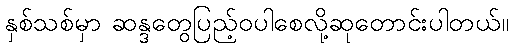
နှစ်သစ်မှာ ဆန္ဒတွေပြည့်ဝပါစေလို့ဆုတောင်းပါတယ်။